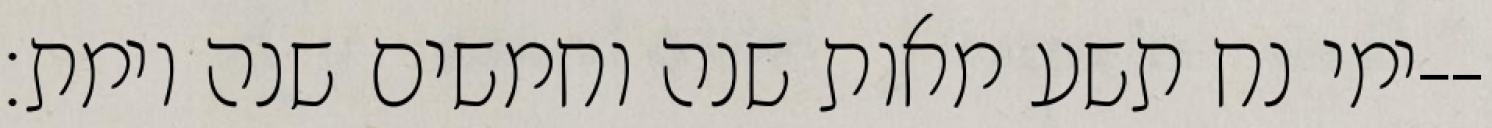
ימי נח תשע מאות שנה וחמשים שנה וימת׃--